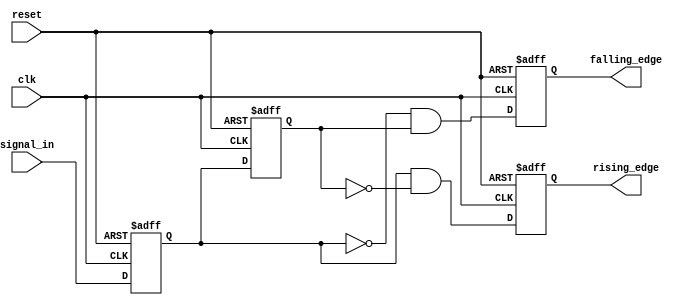
module dual_edge_detector (
    input wire clk,            // Clock signal
    input wire reset,          // Asynchronous reset signal
    input wire signal_in,      // Input signal to detect edges
    output reg rising_edge,    // Output signal for rising edge detection
    output reg falling_edge    // Output signal for falling edge detection
);

    // Memory elements to store current and previous states
    reg prev_state;
    reg curr_state;

    // Edge detection logic
    always @(posedge clk or posedge reset) begin
        if (reset) begin
            // Reset the states and outputs
            prev_state <= 1'b0;
            curr_state <= 1'b0;
            rising_edge <= 1'b0;
            falling_edge <= 1'b0;
        end else begin
            // Update the states
            curr_state <= signal_in; // Sample current state of signal_in
            // Detect edges
            rising_edge <= (curr_state && !prev_state); // Rising edge detected
            falling_edge <= (!curr_state && prev_state); // Falling edge detected
            // Update previous state for the next cycle
            prev_state <= curr_state;
        end
    end

endmodule